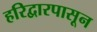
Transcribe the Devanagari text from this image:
हरिद्वारपासून